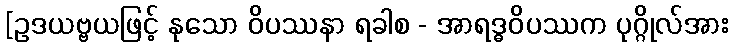
[ဥဒယဗ္ဗယဖြင့် နုသော ဝိပဿနာ ရခါစ - အာရဒ္ဓဝိပဿက ပုဂ္ဂိုလ်အား